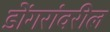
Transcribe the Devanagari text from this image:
डोंगरांवरील